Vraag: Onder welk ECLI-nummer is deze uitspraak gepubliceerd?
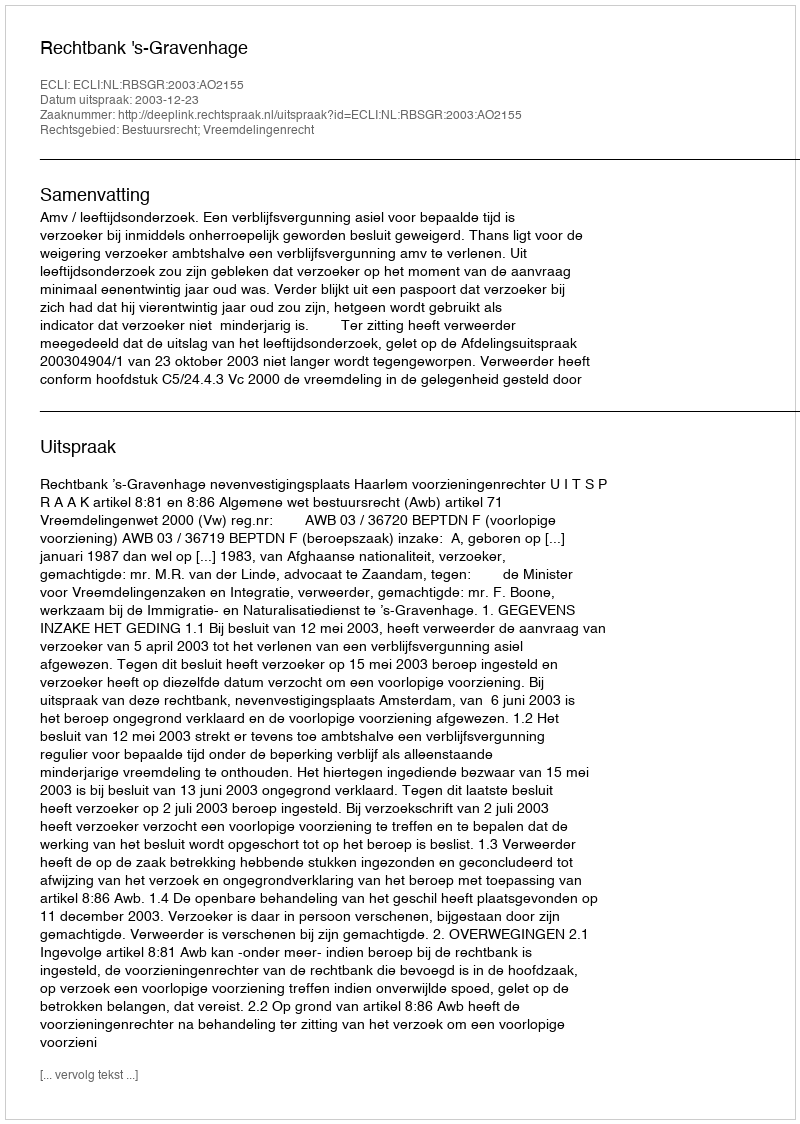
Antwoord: ECLI:NL:RBSGR:2003:AO2155